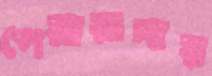
পেয়ারাদায়